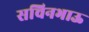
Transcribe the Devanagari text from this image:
सचिनभाऊ